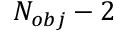
N _ { o b j } - 2